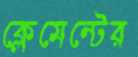
ক্লেমেন্টের